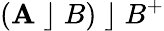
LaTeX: (\mathbf{A}\; \rfloor\; B)\; \rfloor\; B^{+}